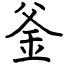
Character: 釜